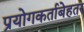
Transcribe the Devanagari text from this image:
प्रयोगकर्ताबेहतर